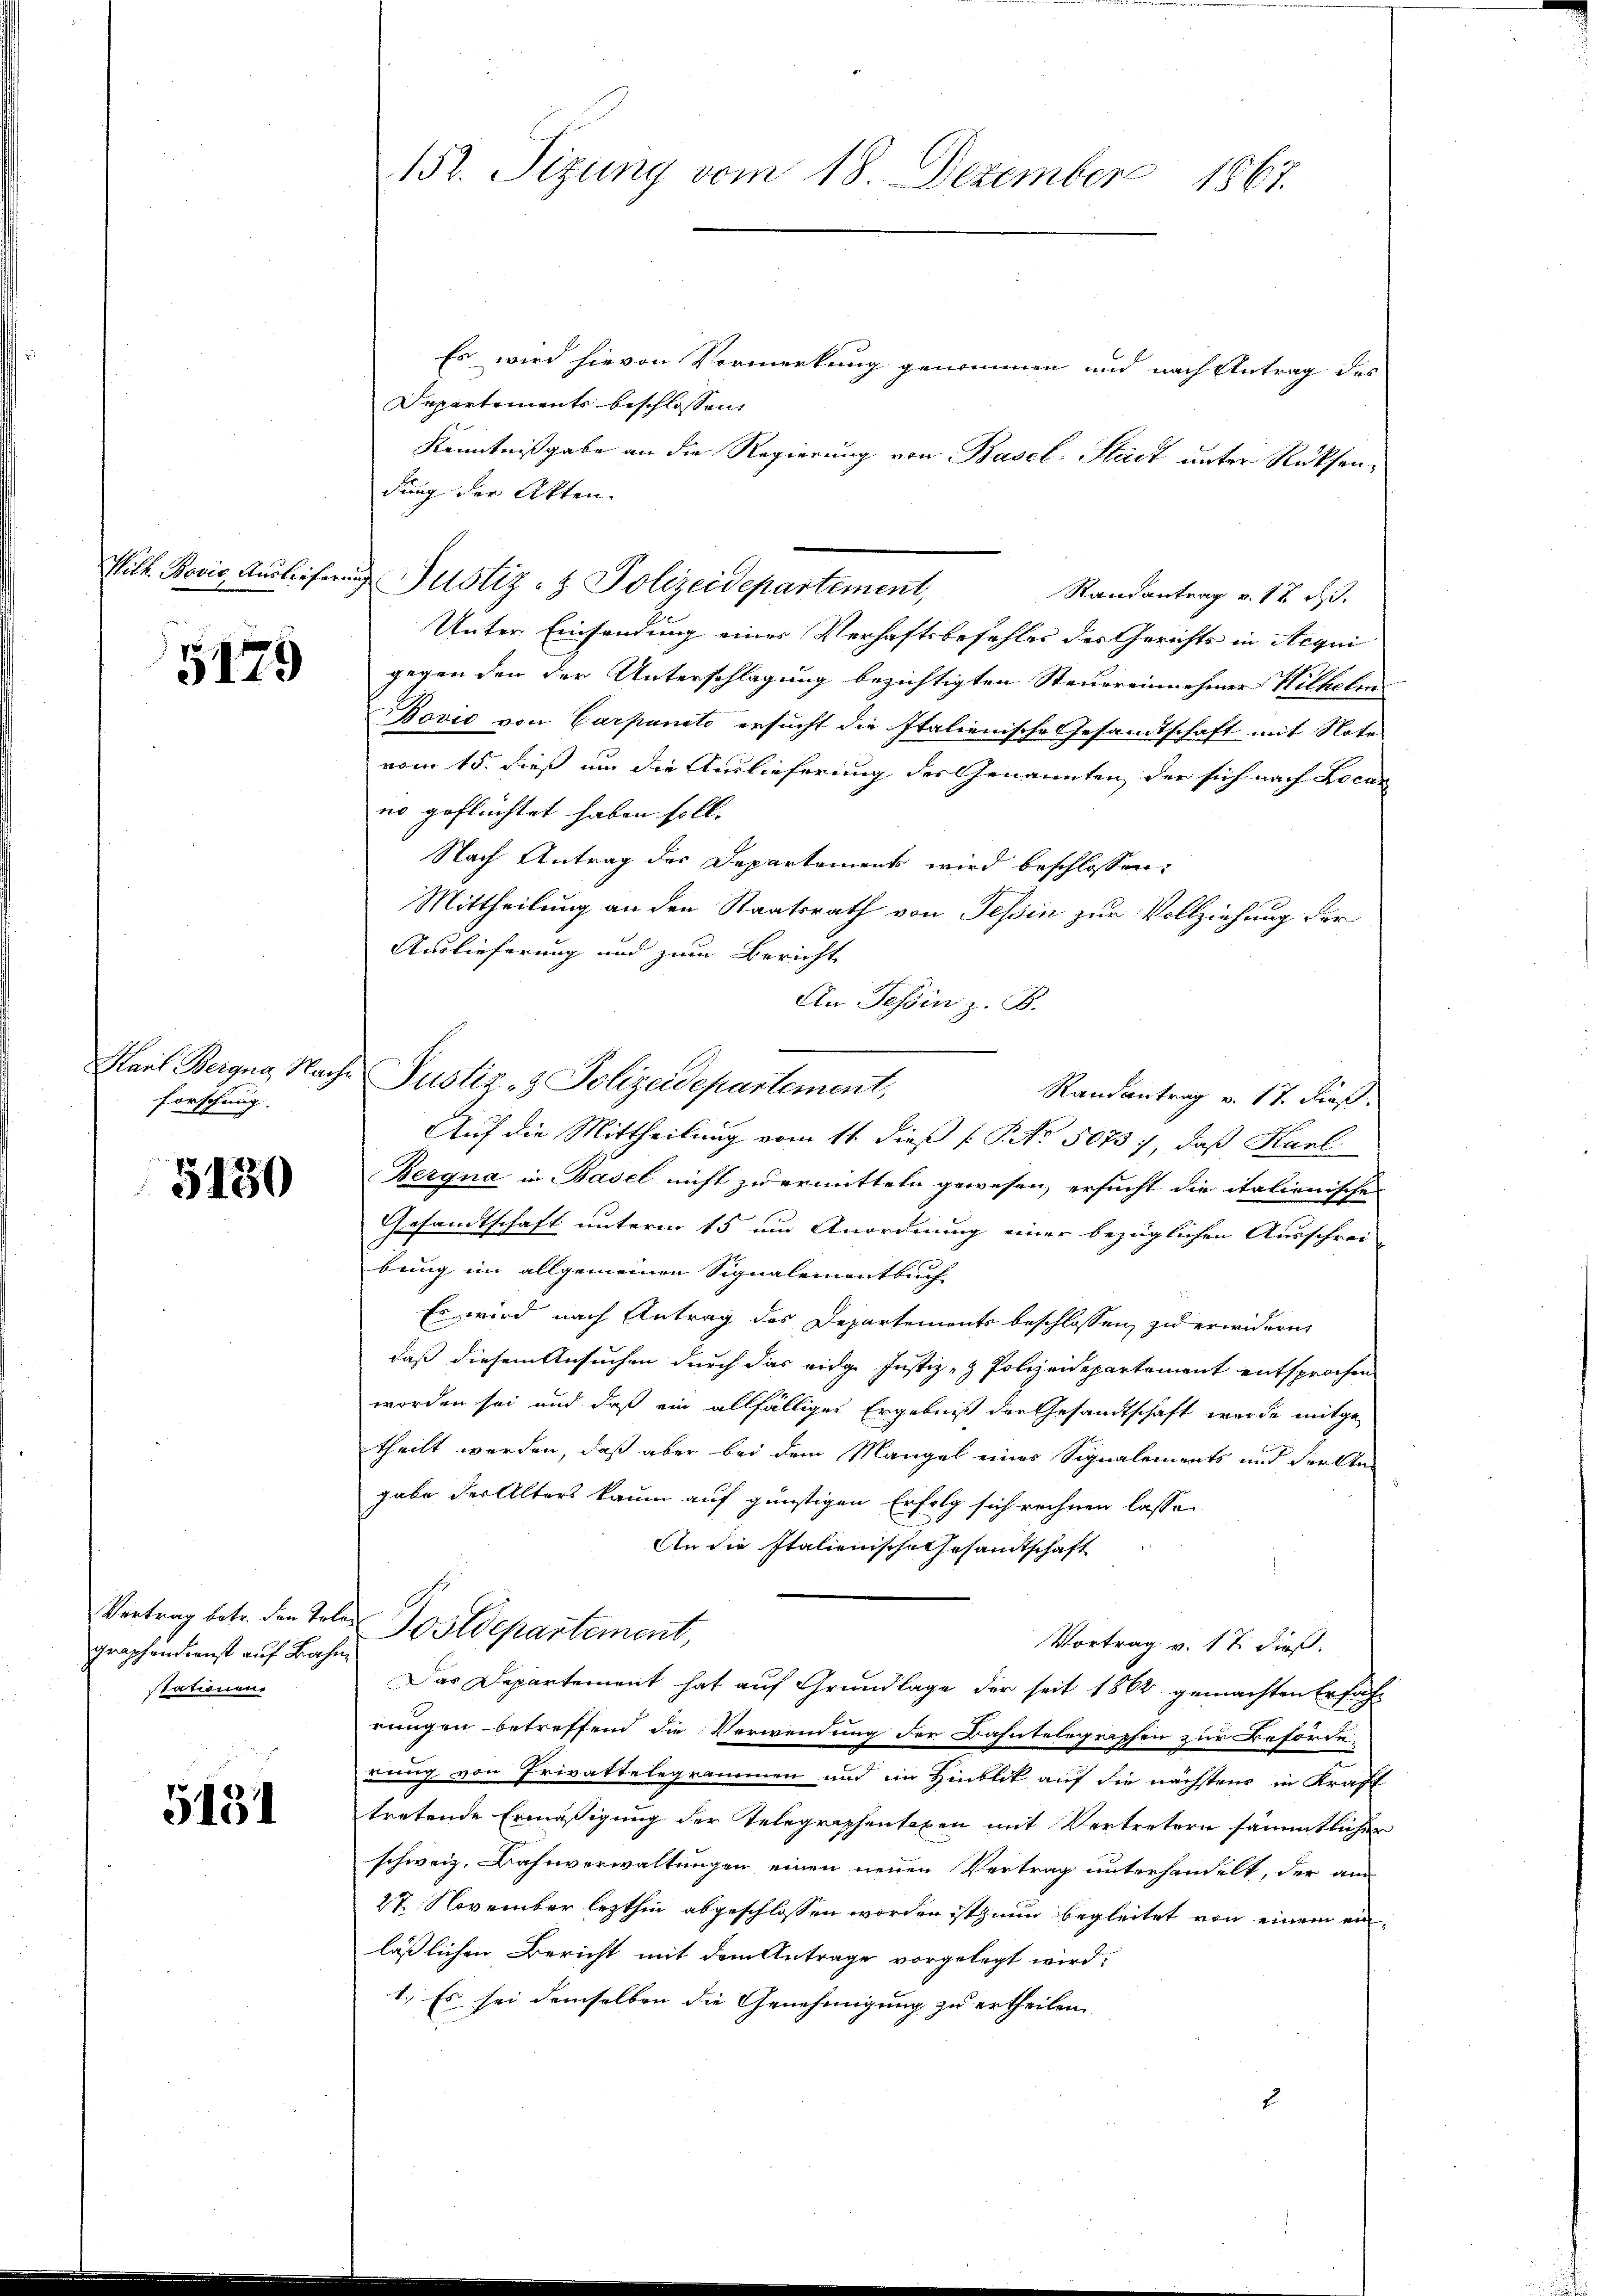
5179

Forschung. |

5180

graphendienst auf Bahn
Stationen.

5131

Es wird hievon Vormerkung genommen und nach Antrag des
Departiments beschlossen,
Kenntnißgabe an die Regierung von Basel-Stadt unter Rücksendung der Akten.
Randantrag v. 12 d.
Unter Einsendung einer Verhaftsbefehler der Gerichts in Acqui
gegen den der Unterschlagung bezichtigten Steuereinnehmer Wilhelm
Bović von Carpancto ersucht die Italienische Gesandtschaft mit Note
vom 15. dieß um die Auslieferung der Genannten, der sich nach Locar
no geflüchtet haben soll. |
Nach Antrag des Departement wird beschlossen:
Mittheilung an den Staatsrath von Tessin zur Vollziehung der
Auslieferung und zum Bericht
An Tessin z. B.
Karl Bergng Nache Justiz- & Polizeidepartement,
Randantrag v. 17. dieß.
Auf die Mittheilung vom 11. dieß ( Pto 5075 : daß Karl
Bergna in Basel nicht zu ermitteln gewesen, ersucht die italienischen
Gesandtschaft unterm 15 um Anordnung einer bezüglichen Ausschrei-
bung im allgemeinen Signalementbuch
Es wird nach Antrag des Departements beschlossen, zu erwidern,
daß diesem Ansuchen durch das eidge Justiz- & Polizeidepartement entsprochen
worden sei und daß ein allfälliges Ergebniß der Gesandtschaft wurde mitgetheilt werden, daß aber bei dem Mangel eines Signalements und Ferkten
gabe der Alters kaum auf günstigen Erfolg sich rechnen lasse.
An die Italienische Gesandtschaft
Vertrag betr. den Talen Postdepartement,
Vortrag v. 17 dieß.
Das Departement hat auf Grundlage der seit 1862 gemachten Erfahr
rungen betreffend die Verwendung der Bahntelegraphen zur Beförde
dung von Privattelegrammen und im Hinblik auf die nächstens in Kraft
tretende Ermäßigung der Telegraphentaxen mit Vertretern sämmtlicher
schweiz. Bahnverwaltungen einen neuen Vertrag unterhandelt, der am
27. November lezthin abgeschlossen worden ist nun begleitet von einem einläßlichen Bericht mit dem Antrage vorgelegt wird;
1.) Es sei demselben die Genehmigung zu ertheilen.

152. Sizung vom 18. Dezember 1867.

Wilh. Bović, Auslieferung Justiz- & Polizeidepartement,